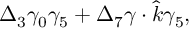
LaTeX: \Delta _ { 3 } \gamma _ { 0 } \gamma _ { 5 } + \Delta _ { 7 } \gamma \cdot \hat { k } \gamma _ { 5 } ,